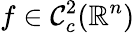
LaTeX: f\in\mathcal{C}_{c}^{2}(\mathbb{R}^{n})